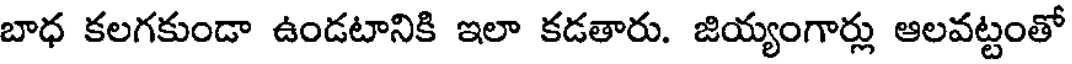
బాధ కలగకుండా ఉండటానికి ఇలా కడతారు. జియ్యంగార్లు ఆలవట్టంతో